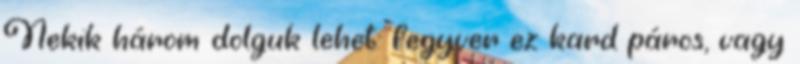
Nekik három dolguk lehet: fegyver ez kard páros, vagy